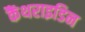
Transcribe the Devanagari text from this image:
कैंथराइडिन